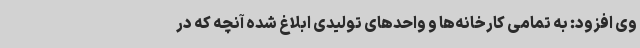
وی افزود: به تمامی کارخانه‌ها و واحدهای تولیدی ابلاغ شده آنچه که در